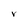
Character: r